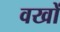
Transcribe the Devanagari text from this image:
वखों